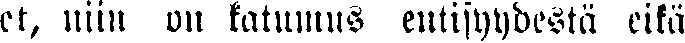
et, niin on katumus entisyydestä eikä